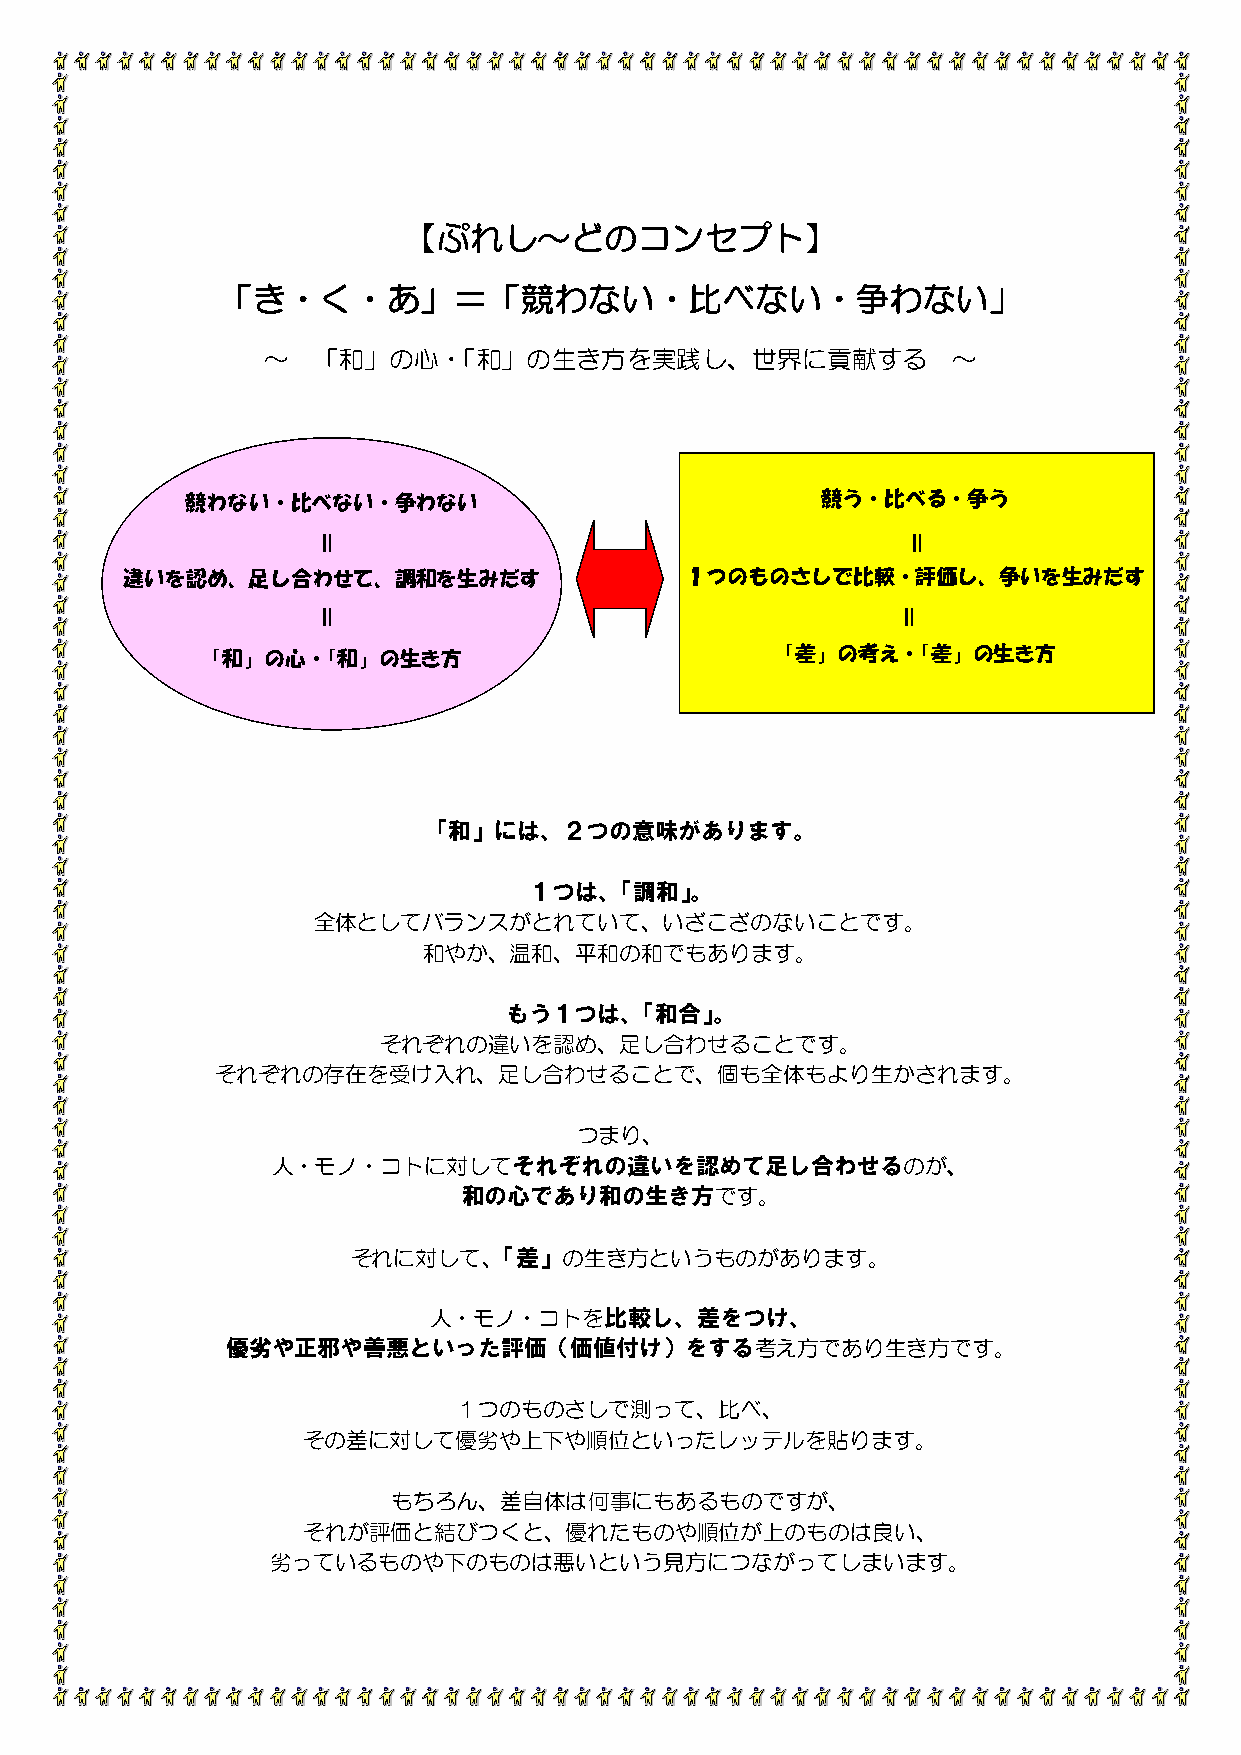
【ぷれし～どのコンセプト】
 「き・く・あ」＝「競わない・比べない・争わない」
 ～   「和」の心・「和」の生き方を実践し、世界に貢献する                 ～
 競わない・比べない・争わない                            競う・比べる・争う
 ＝                                      ＝
 違いを認め、足し合わせて、調和を生みだす                 １つのものさしで比較・評価し、争いを生みだす
 ＝                                     ＝
 「和」の心・「和」の生き方                         「 差 」 の考え・「差」の生き方
 「和」には、２つの意味があります。
 １つは、「調和」。
 全体としてバランスがとれていて、いざこざのないことです。
 和やか、温和、平和の和でもあります。
 もう１つは、「和合」。
 それぞれの違いを認め、足し合わせることです。
 それぞれの存在を受け入れ、足し合わせることで、個も全体もより生かされます。
 つまり、
 人・モノ・コトに対してそれぞれの違いを認めて足し合わせるのが、
 和の心であり和の生き方です。
 それに対して、「差」の生き方というものがあります。
 人・モノ・コトを比較し、差をつけ、
 優劣や正邪や善悪といった評価（価値付け）をする考え方であり生き方です。
 １つのものさしで測って、比べ、
 その差に対して優劣や上下や順位といったレッテルを貼ります。
 もちろん、差自体は何事にもあるものですが、
 それが評価と結びつくと、優れたものや順位が上のものは良い、
 劣っているものや下のものは悪いという見方につながってしまいます。